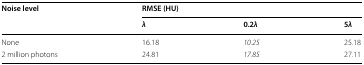
<table><thead><tr><td rowspan="2"><b>Noise level</b></td><td colspan="3"><b>RMSE (HU)</b></td></tr><tr><td><b><i>λ</i></b></td><td><b>0.2<i>λ</i></b></td><td><b>5<i>λ</i></b></td></tr></thead><tbody><tr><td>None</td><td>16.18</td><td><i>10.25</i></td><td>25.18</td></tr><tr><td>2 million photons</td><td>24.81</td><td><i>17.85</i></td><td>27.11</td></tr></tbody></table>